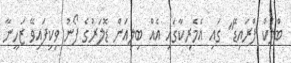
ބްލެކް ފްރައިޑޭ" ގައި އެމެރިކާގައި އެއް ބިލިއަން ޑޮލަރުގެ ފޯނު ވިކިފައިވޭ ޒަހީނާ